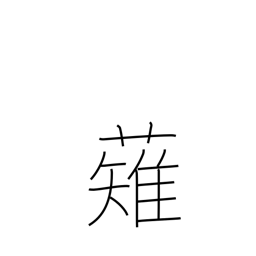
Meaning: mow down (the enemy)